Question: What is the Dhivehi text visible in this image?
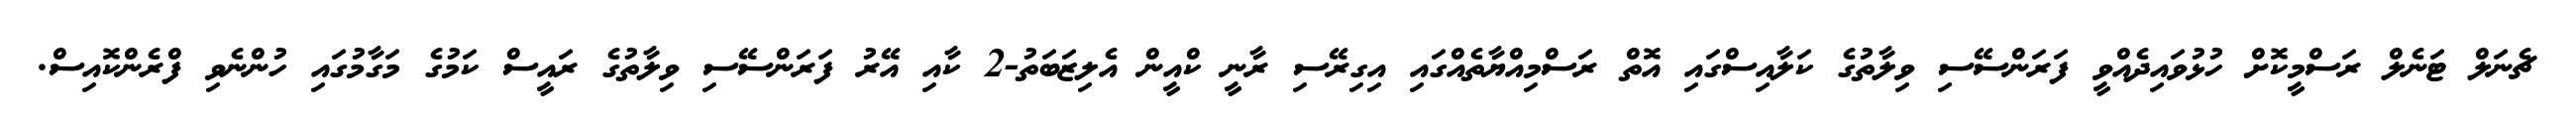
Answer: ޗެނަލް ޓަނެލް ރަސްމީކޮށް ހުޅުވައިދެއްވީ ފަރަންސޭސި ވިލާތުގެ ކަލާއިސްގައި އޮތް ރަސްމިއްޔާތެއްގައި އިގިރޭސި ރާނީ ކްއީން އެލިޒަބަތު-2 ކާއި އޭރު ފަރަންސޭސި ވިލާތުގެ ރައީސް ކަމުގެ މަގާމުގައި ހުންނެވި ފްރެންކޮއިސް.